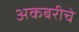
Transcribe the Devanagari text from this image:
अकबरीचे